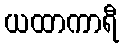
ယထာကာရီ